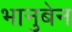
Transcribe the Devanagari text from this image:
भानुबेन